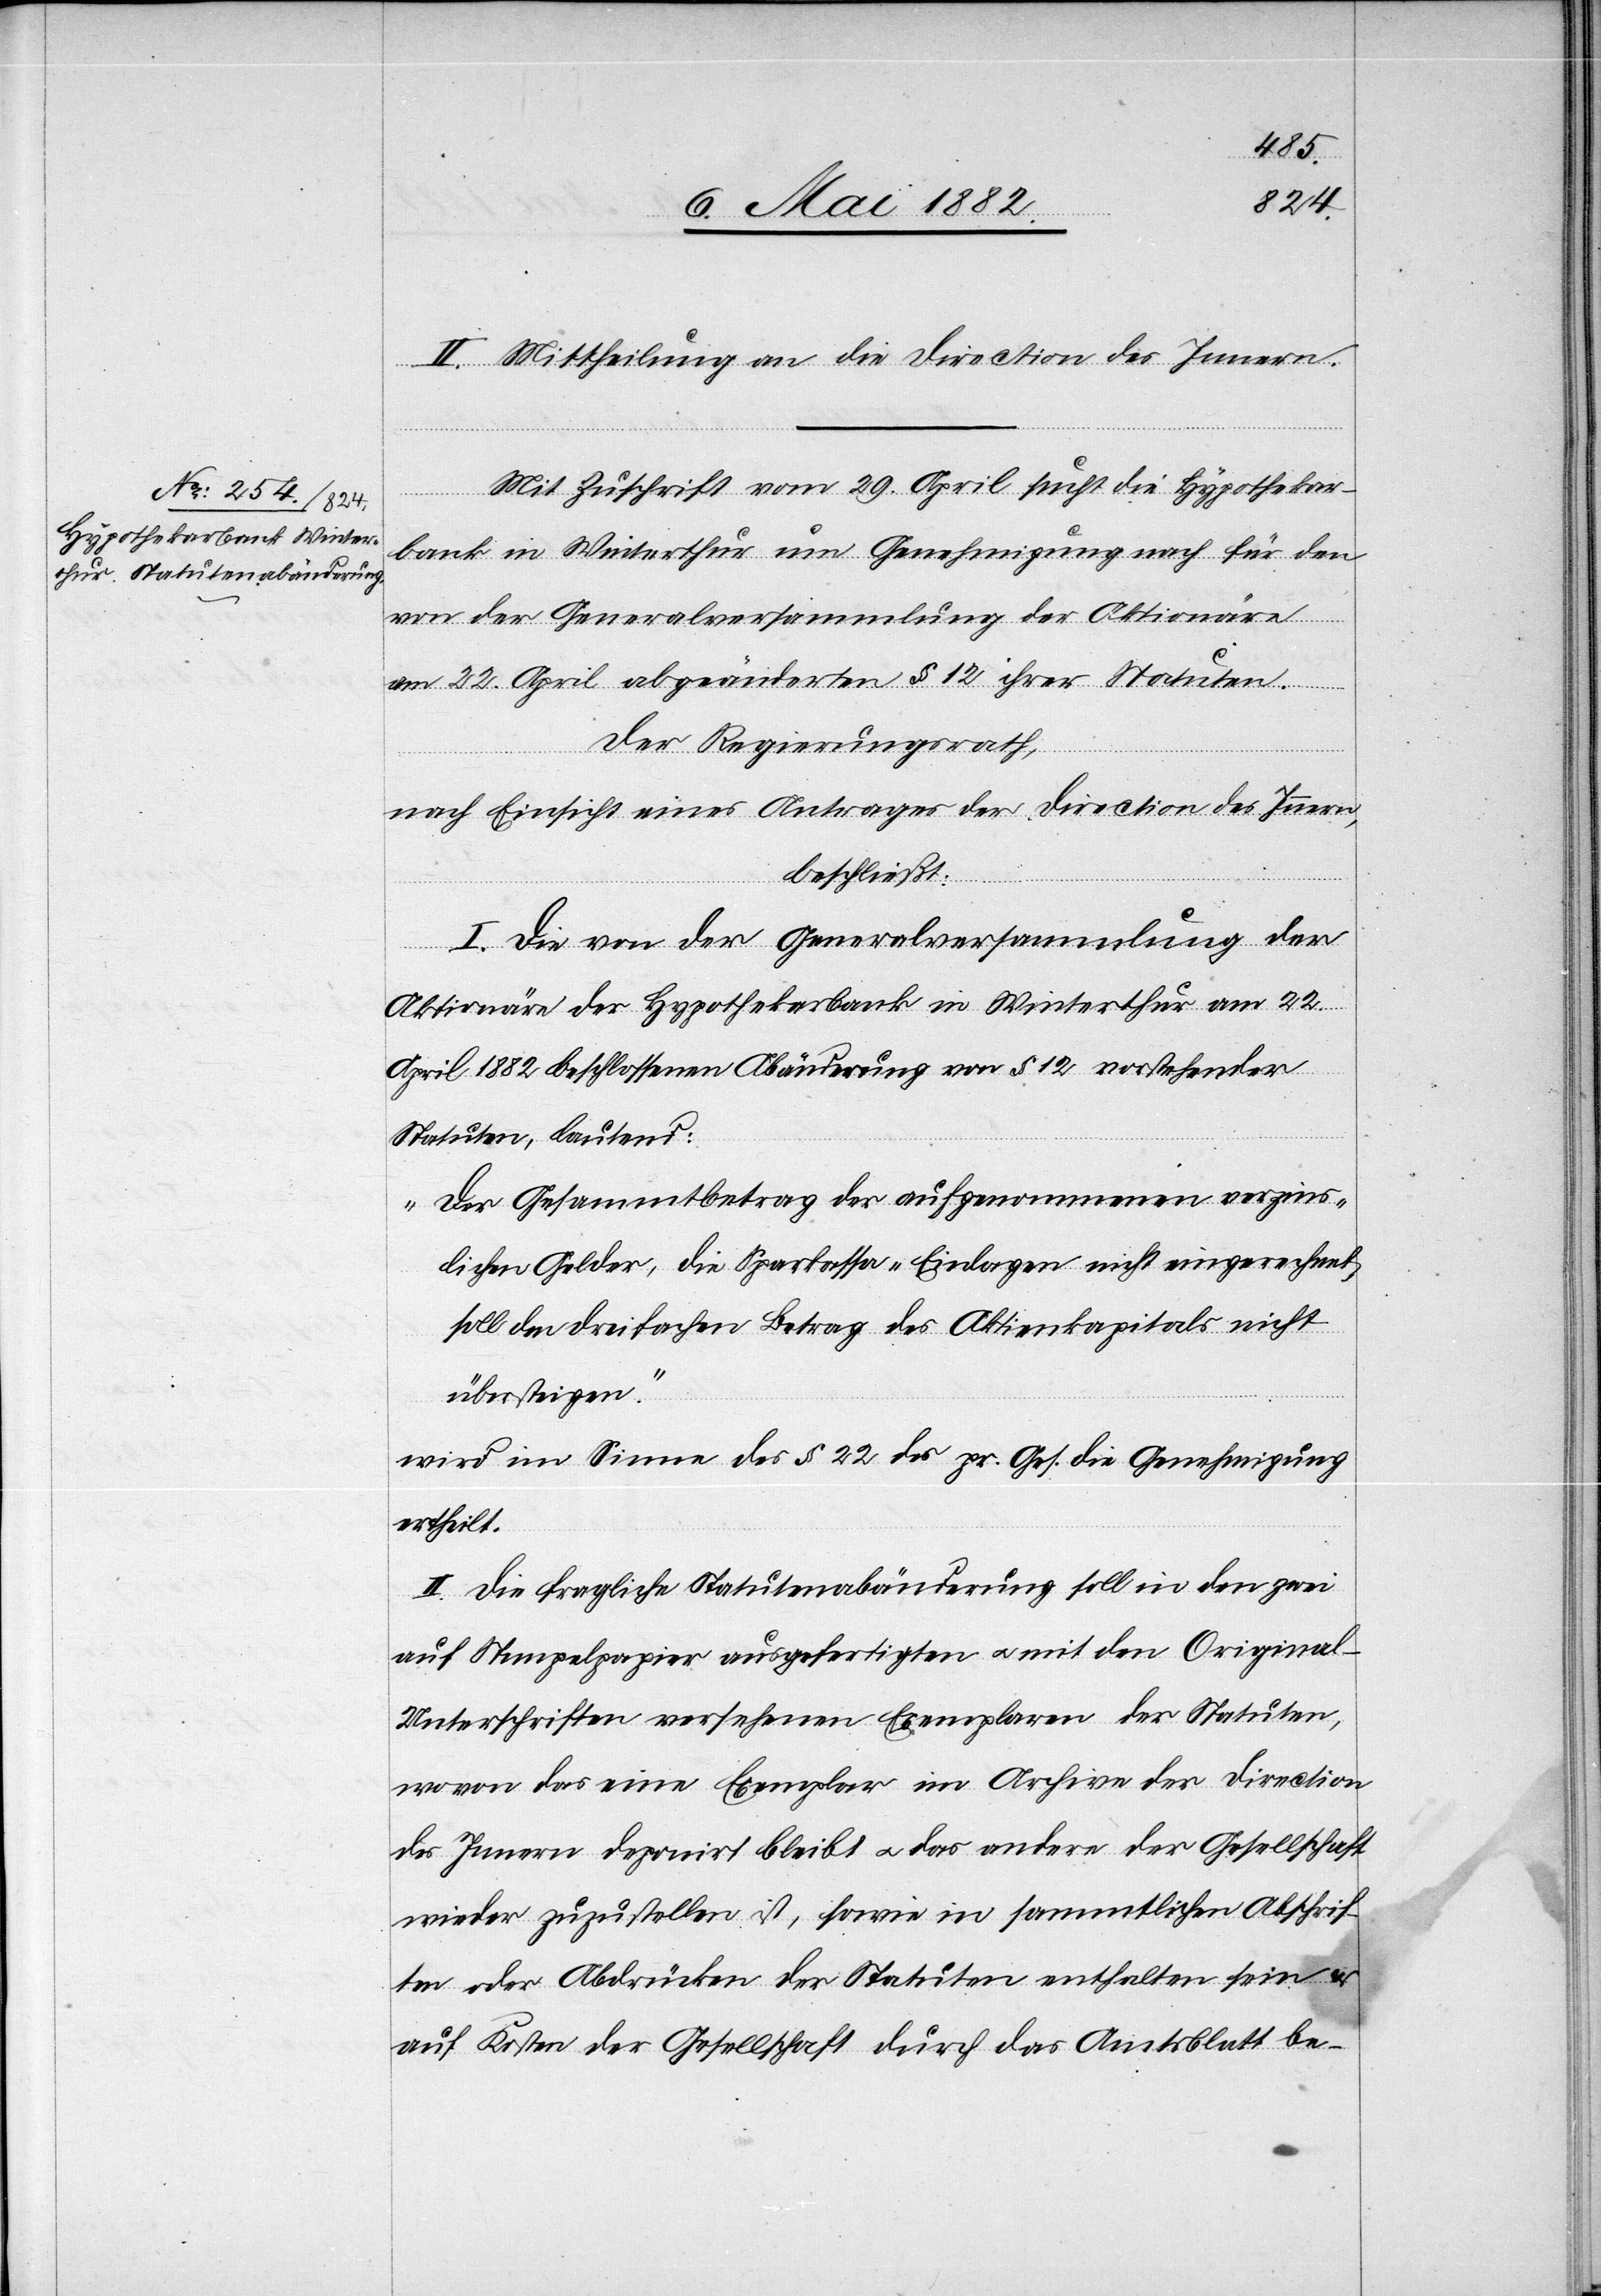
II. Mittheilung an die Direction des Innern.
Mit Zuschrift vom 29. April sucht die Hypothekar¬
bank in Winterthur um Genehmigung nach für den
von der Generalversammlung der Aktionäre
am 22. April abgeänderten § 12 ihrer Statuten.
Der Regierungsrath,
nach Einsicht eines Antrages der Direction des Innern,
beschließt:
I. Die von der Generalversammlung der
Aktionäre der Hypothekarbank in Winterthur am 22.
April 1882 beschlossenen [sic!] Abänderung von § 12 vorstehender
Statuten, lautend:
„Der Gesammtbetrag der aufgenommenen verzins¬
lichen Gelder, die Sparkassa-Einlagen nicht eingerechnet,
soll den dreifachen Betrag des Aktienkapitals nicht
übersteigen.“
wird im Sinne des § 22 des pr. Ges. die Genehmigung
ertheilt
II. Die fragliche Statutenabänderung soll in den zwei
auf Stempelpapier ausgefertigten u. mit den Original-U¬
nterschriften versehenen Exemplaren der Statuten,
wovon das eine Exemplar im Archive der Direction
des Innern deponirt bleibt u. das andere der Gesellschaft
wieder zuzustellen ist, sowie in sämmtlichen Abschrif¬
ten oder Abdrücken der Statuten enthalten sein &
auf Kosten der Gesellschaft durch das Amtsblatt be-